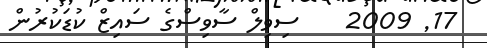
17